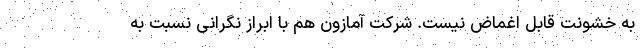
به خشونت قابل اغماض نیست. شرکت آمازون هم با ابراز نگرانی نسبت به